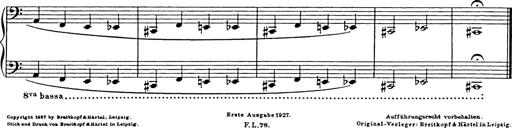
Title: Trauervorspiel und Trauermarsch
Composer: Franz Liszt